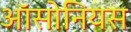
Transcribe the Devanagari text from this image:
ऑसोनियस